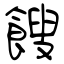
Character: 餿